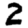
Digit: 2